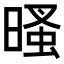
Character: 𣉔